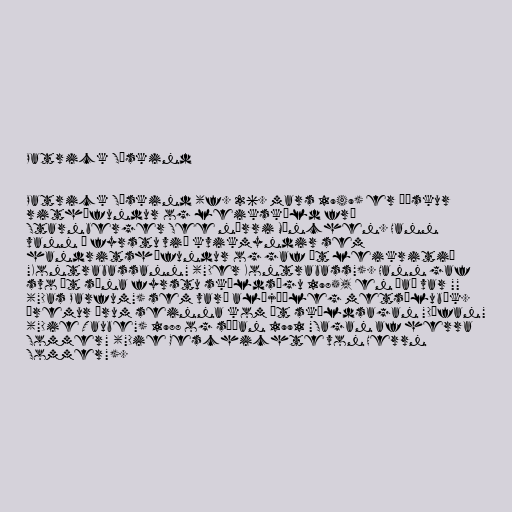
Patrick Süskind

Patrick Süskind (f. 26. mars 1949) er þýskur
rithöfundur og leikskáld frá
Starnberger See nærri München. Hann
vann í fyrstu við kvikmyndir sem
handritshöfundur og gaf út leikritið
"Kontrabassann" ("Der Kontrabass"). Hann gaf
svo út sína fyrstu skáldsögu 1985, en það var ""
("Das Parfum") sem varð alþjóðleg metsölubók.
Þremur árum seinna kom út skáldsagan "Dúfan"
("Die Taube") 1988 og síðan 1991 "Sagan af herra
Sommer" ("Die Geschichte von Herrn
Sommer").